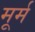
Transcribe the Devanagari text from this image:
मूर्म